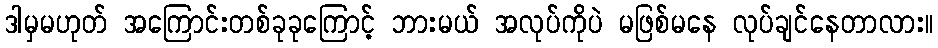
ဒါမှမဟုတ် အကြောင်းတစ်ခုခုကြောင့် ဘားမယ် အလုပ်ကိုပဲ မဖြစ်မနေ လုပ်ချင်နေတာလား။